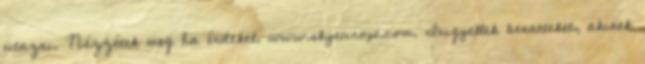
utazni. Nézzétek meg ha érdekel. www.skyeurope.com. Irigyellek benneteket, akinek